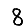
Digit: 8